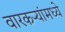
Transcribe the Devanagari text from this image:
वारकर्‍यांमध्ये